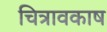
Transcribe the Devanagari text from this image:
चित्रावकाष